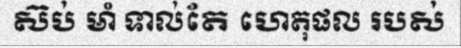
ស៊ប់ មាំ ទាល់តែ ហេតុផល របស់